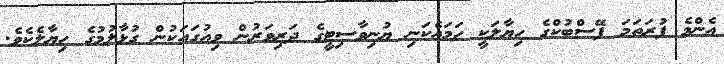
އެންމެ ފުރަތަމަ ފޭސްބުކްގެ ހިޔާލަކީ ހަމައެކަނި ޔުނިވާސިޓީގެ ދަރިވަރުން ވިއުގައަކުން ގުޅާލުމުގެ ހިޔާލެކެވެ.